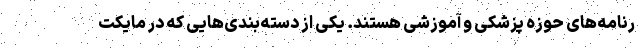
رنامه‌های حوزه پزشکی و آموزشی هستند. یکی از دسته‌بندی‌هایی که در مایکت